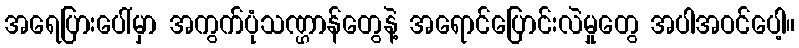
အရေပြားပေါ်မှာ အကွက်ပုံသဏ္ဌာန်တွေနဲ့ အရောင်ပြောင်းလဲမှုတွေ အပါအဝင်ပေါ့။